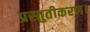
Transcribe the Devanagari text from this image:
प्रस्तुतीकरण।